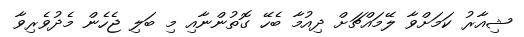
ޝިއާރު ކަމަށްވާ ލޭމައްޗަށް ދިއުމާ ބެހޭ ގޮތުންނާއި މި ބަލި ޖެހެން މެދުވެރިވާ